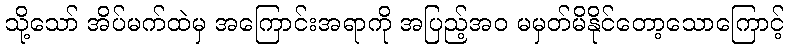
သို့သော် အိပ်မက်ထဲမှ အကြောင်းအရာကို အပြည့်အဝ မမှတ်မိနိုင်တော့သောကြောင့်